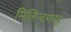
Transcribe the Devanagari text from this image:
मिलिन्दपण्ह